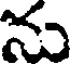
ను